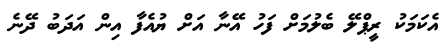
އެކަމަކު ރީޕްލޭ ބެލުމަށް ފަހު އޭނާ އަށް ޔުއެފާ އިން އަދަބު ދޭނެ